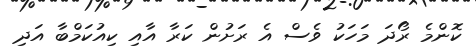
ކޮންމެ ރޯދަ މަހަކު ވެސް އެ ރަށުން ކަރާ އާއި ކިއުކަމްބާ އަދި